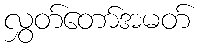
လွှတ်တော်အမတ်